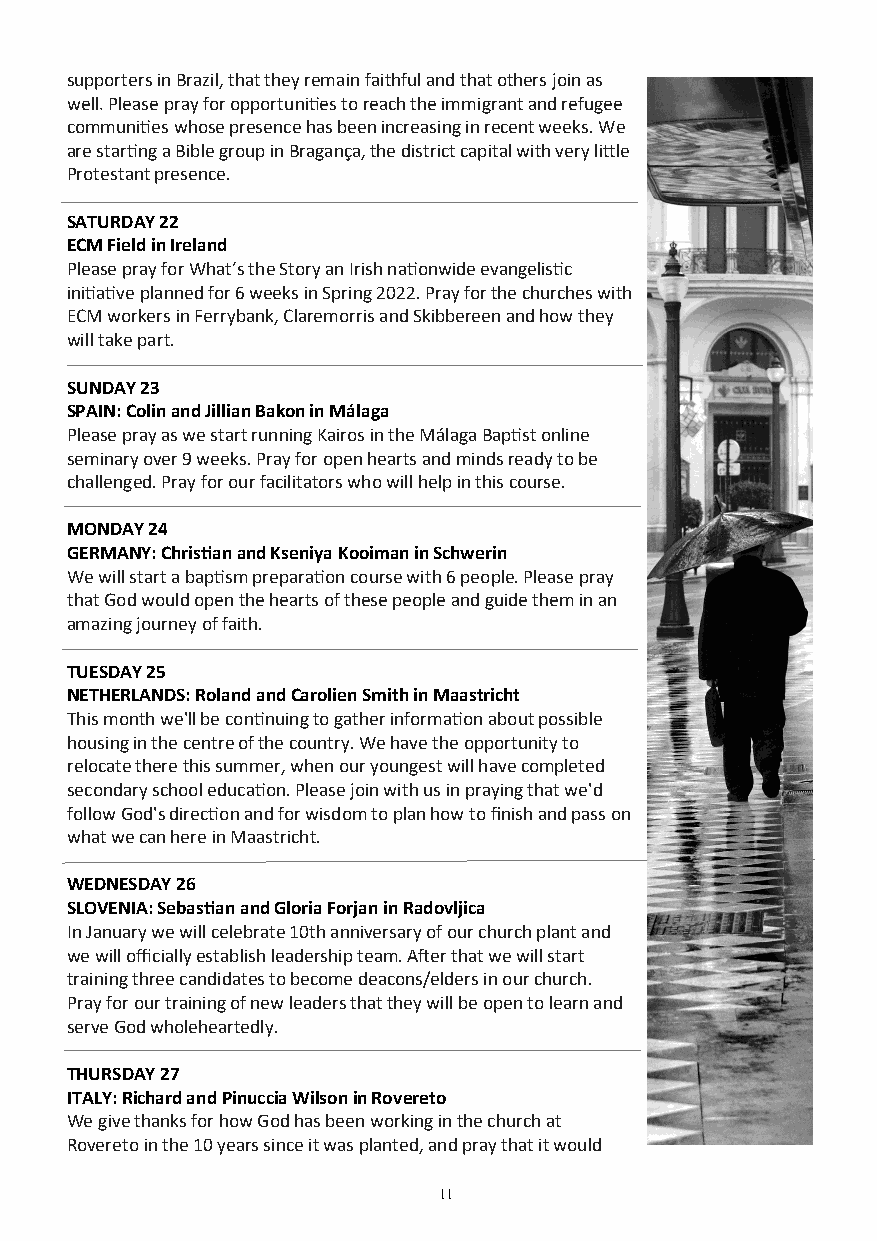
supporters in Brazil, that they remain faithful and that others join as
 well. Please pray for opportunities to reach the immigrant and refugee
 communities whose presence has been increasing in recent weeks. We
 are starting a Bible group in Bragança, the district capital with very little
 Protestant presence.
 SATURDAY 22
 ECM Field in Ireland
 Please pray for What’s the Story an Irish nationwide evangelistic
 initiative planned for 6 weeks in Spring 2022. Pray for the churches with
 ECM workers in Ferrybank, Claremorris and Skibbereen and how they
 will take part.
 SUNDAY 23
 SPAIN: Colin and Jillian Bakon in Málaga
 Please pray as we start running Kairos in the Málaga Baptist online
 seminary over 9 weeks. Pray for open hearts and minds ready to be
 challenged. Pray for our facilitators who will help in this course.
 MONDAY 24
 GERMANY: Christian and Kseniya Kooiman in Schwerin
 We will start a baptism preparation course with 6 people. Please pray
 that God would open the hearts of these people and guide them in an
 amazing journey of faith.
 TUESDAY 25
 NETHERLANDS: Roland and Carolien Smith in Maastricht
 This month we'll be continuing to gather information about possible
 housing in the centre of the country. We have the opportunity to
 relocate there this summer, when our youngest will have completed
 secondary school education. Please join with us in praying that we'd
 follow God's direction and for wisdom to plan how to finish and pass on
 what we can here in Maastricht.
 WEDNESDAY 26
 SLOVENIA: Sebastian and Gloria Forjan in Radovljica
 In January we will celebrate 10th anniversary of our church plant and
 we will officially establish leadership team. After that we will start
 training three candidates to become deacons/elders in our church.
 Pray for our training of new leaders that they will be open to learn and
 serve God wholeheartedly.
 THURSDAY 27
 ITALY: Richard and Pinuccia Wilson in Rovereto
 We give thanks for how God has been working in the church at
 Rovereto in the 10 years since it was planted, and pray that it would
 11